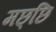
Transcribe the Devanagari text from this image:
मछ्छि